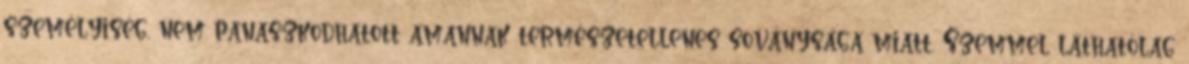
személyiség, nem panaszkodhatott amannak természetellenes soványsága miatt. Szemmel láthatólag